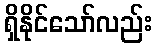
ရှိနိုင်သော်လည်း